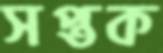
সপ্তক